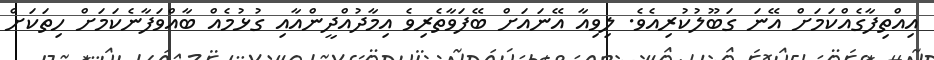
އިއްތިފާގެއްކަމަށް އޭނަ ގަބޫލުކުރިއެވެ. ލިވިއާ އޭނައަށް ބޭފަވާތެރިވެ އިމާދުއްދީންއާއި ގުޅުމެއް ބާއްވަފާނެކަމަށް ހިތަކަށް